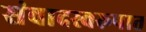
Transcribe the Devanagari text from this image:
संवादस्वरूपात